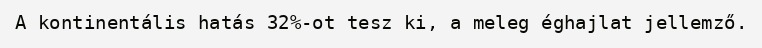
A kontinentális hatás 32%-ot tesz ki, a meleg éghajlat jellemző.